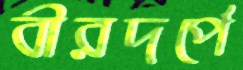
বীরদর্পে